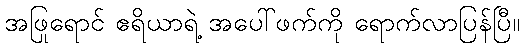
အဖြုရောင် ဧရိယာရဲ့ အပေါ်ဖက်ကို ရောက်လာပြန်ပြီ။